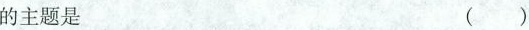
的主题是 ( )